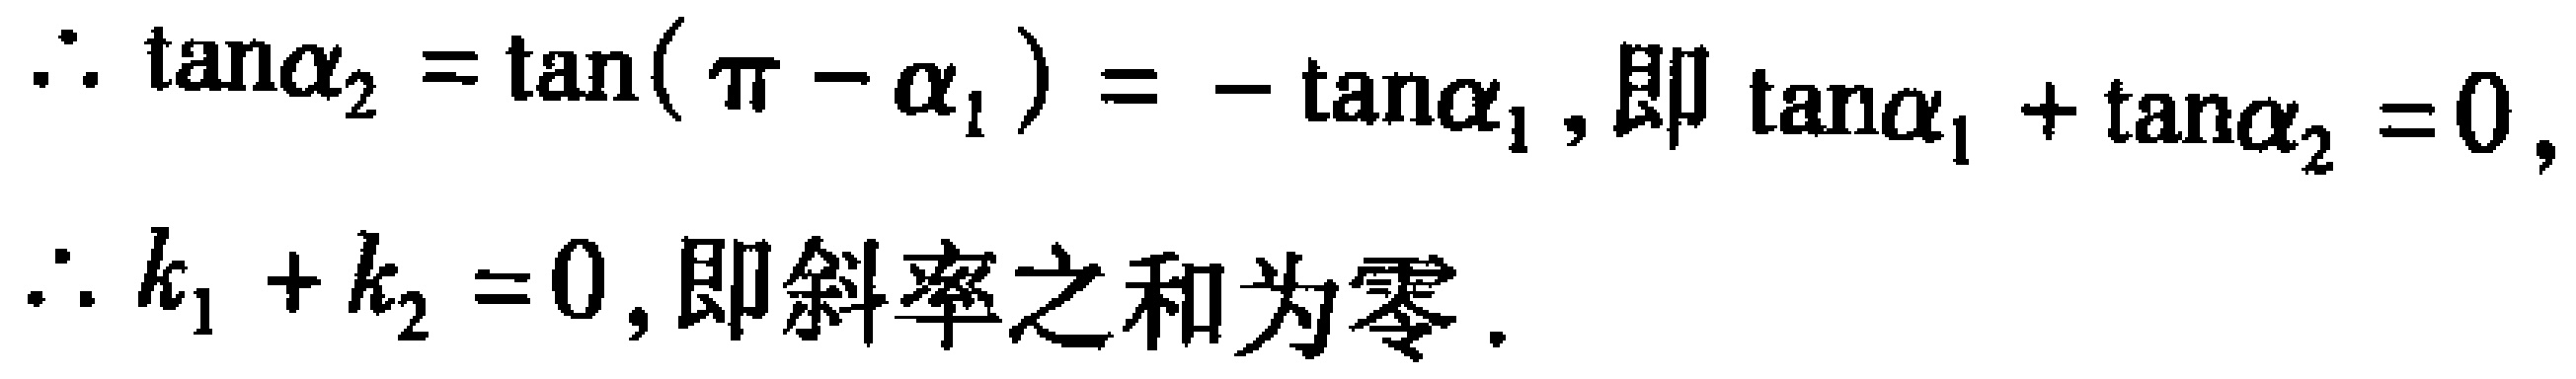
\(\therefore \tan\alpha_{2}=\tan(\pi - \alpha_{1})=-\tan\alpha_{1},\text{即 }\tan\alpha_{1}+\tan\alpha_{2}=0,\\
\therefore k_{1}+k_{2}=0,\text{即斜率之和为零}.\)